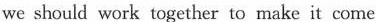
we should work together to make it come